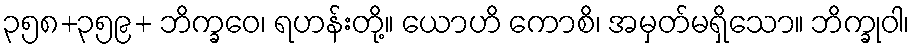
၃၅၈+၃၅၉+ ဘိက္ခဝေ၊ ရဟန်းတို့။ ယောဟိ ကောစိ၊ အမှတ်မရှိသော။ ဘိက္ခုဝါ၊